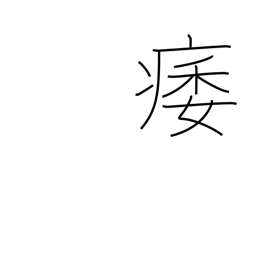
Meaning: atrophy